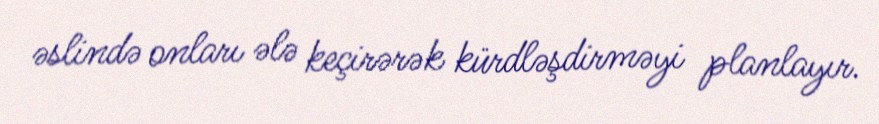
əslində onları ələ keçirərək kürdləşdirməyi planlayır.